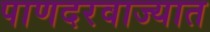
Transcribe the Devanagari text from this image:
पाणदरवाज्यात